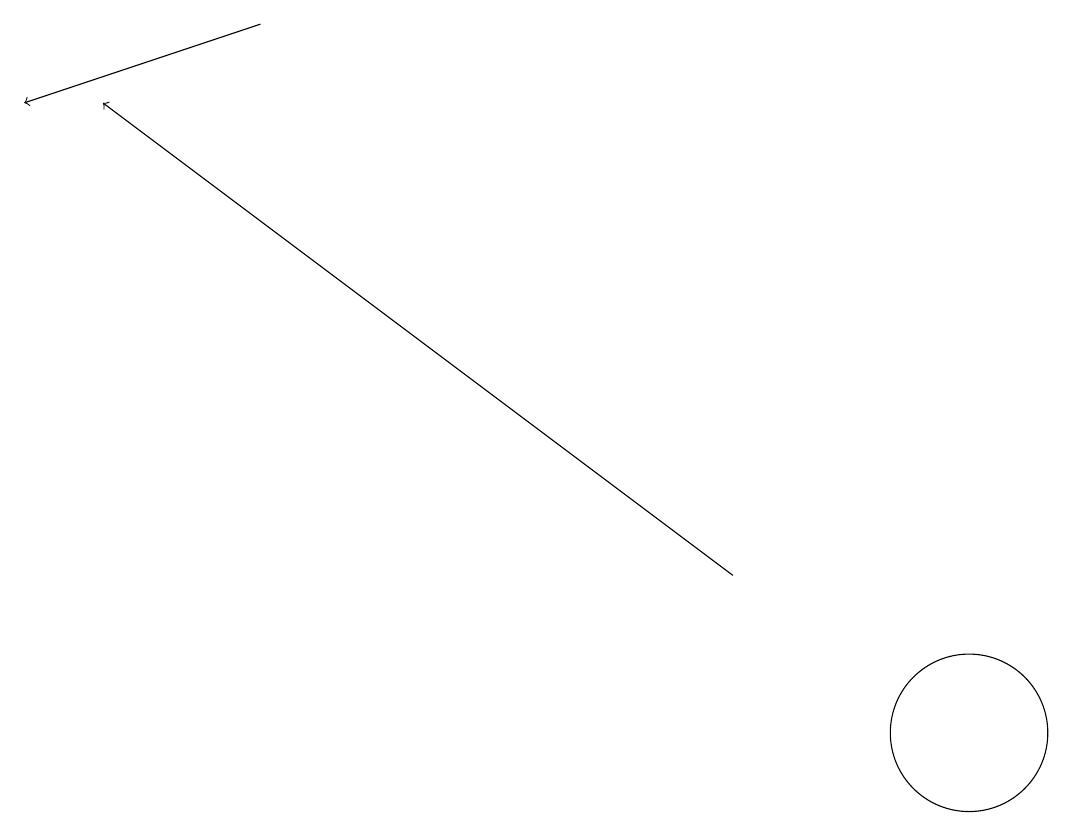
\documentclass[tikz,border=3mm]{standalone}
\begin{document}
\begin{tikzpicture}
\draw (12,10) circle (1);
\draw[->] (9,12) -- (1,18);
\draw[->] (3,19) -- (0,18);
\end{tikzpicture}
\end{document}